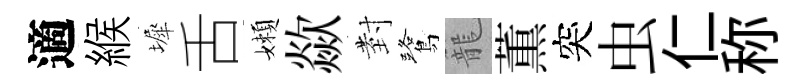
適緱墀舌嬾歘𭔹鷺籠薫突虫仁称